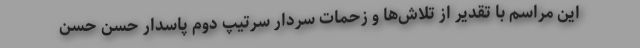
این مراسم با تقدیر از تلاش‌ها و زحمات سردار سرتیپ دوم پاسدار حسن حسن